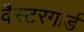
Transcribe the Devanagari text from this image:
वैस्टरगार्ड